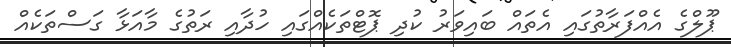
ޕޫލްގެ އެއްފަރާތުގައި އެތައް ބައިވަރު ކުދި ޕޮޓްތަކެއްގައި ހުދާއި ރަތުގެ މާއަޅާ ގަސްތަކެއް